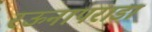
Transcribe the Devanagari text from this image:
रऊनापराडा